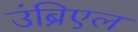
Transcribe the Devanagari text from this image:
उंब्रिएल